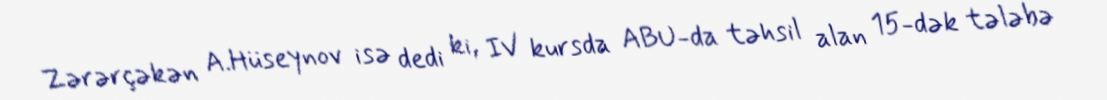
Zərərçəkən A.Hüseynov isə dedi ki, IV kursda ABU-da təhsil alan 15-dək tələbə